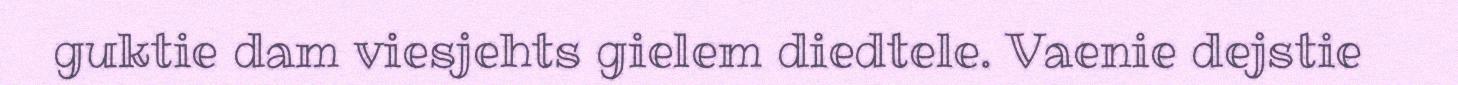
guktie dam viesjehts gielem diedtele. Vaenie dejstie